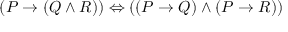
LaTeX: ( P \to ( Q \land R ) ) \Leftrightarrow ( ( P \to Q ) \land ( P \to R ) )